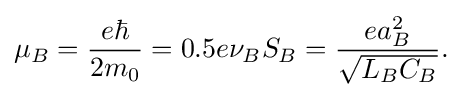
\mu _{B}={\frac {e\hbar }{2m_{0}}}=0.5e\nu _{B}S_{B}={\frac {ea_{B}^{2}}{\sqrt {L_{B}C_{B}}}}.\